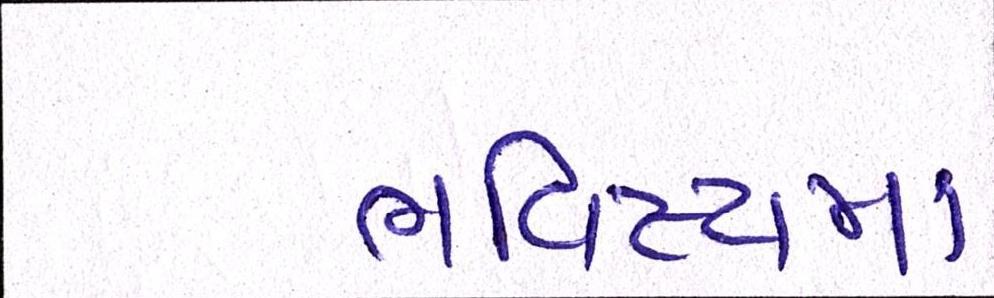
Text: ભવિષ્યમાં